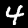
Label: 4